Piroplasma canis and its life cycle in the tick - Number 29
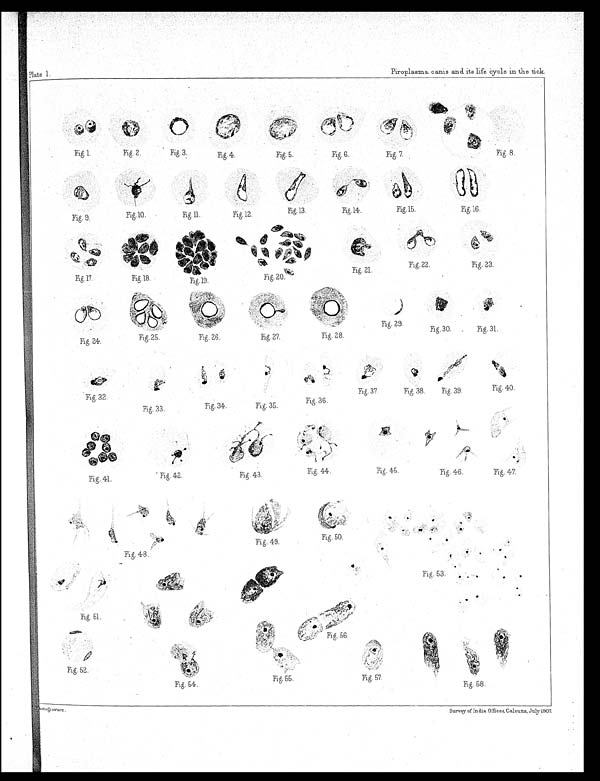
Fig. 1.
Fig. 2.
Fig. 3.
Fig. 4.
Fig. 5.
Fig. 6.
Fig. 7.
Fig. 8.
Fig. 9.
Fig. 10.
Fig. 11.
Fig. 12.
Fig.13.
Fig. 14.
Fig.15.
Fig.16.
Fig.17.
Fig.18.
Fig. 20.
Fig. 21.
Fig. 22.
Fig. 23.
Fig. 24.
Fig. 25.
Fig. 26.
Fig. 27.
Fig. 28.
Fig. 29.
Fig. 30.
Fig. 31.
Fig. 41.
Fig. 42.
Fig. 43.
Fig. 44.
Fig. 45.
Fig. 46.
Fig. 47.
Fig. 48.
Fig. 49.
Fig. 50.
Fig. 57.
Fig. 55.
Ph ot ogravure.
Fig. 58.
Piroplasma, canis and its life cycle in the tick.
Plate I.
Fig. 32.
Fig. 33.
Fig. 34.
Fig. 35.
Fig. 36.
Fig. 37.
Fig. 38.
Fig. 40.
Fig. 39.
Fig. 53.
Fig. 56.
Fig. 51.
Fig. 52.
Fig. 54.
Survey of India Offices, Calcutta, July 1907.